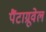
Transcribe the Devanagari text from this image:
पैंटाग्रूवेल